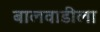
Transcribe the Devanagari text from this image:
बालवाडीला